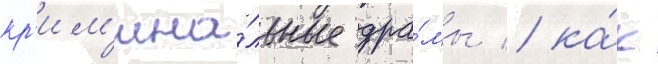
кр'им'ина́льные дра́мы / ка́к